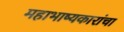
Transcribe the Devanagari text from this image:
महाभाष्यकारांचा